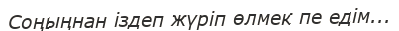
Соңыңнан іздеп жүріп өлмек пе едім...